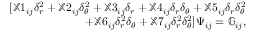
\begin{array} { r } { [ \mathbb { X } 1 _ { i j } \delta _ { r } ^ { 2 } + \mathbb { X } 2 _ { i j } \delta _ { \theta } ^ { 2 } + \mathbb { X } 3 _ { i j } \delta _ { r } + \mathbb { X } 4 _ { i j } \delta _ { r } \delta _ { \theta } + \mathbb { X } 5 _ { i j } \delta _ { r } \delta _ { \theta } ^ { 2 } } \\ { + \mathbb { X } 6 _ { i j } \delta _ { r } ^ { 2 } \delta _ { \theta } + \mathbb { X } 7 _ { i j } \delta _ { r } ^ { 2 } \delta _ { \theta } ^ { 2 } ] \Psi _ { i j } = \mathbb { G } _ { i j } , } \end{array}